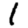
Digit: 1